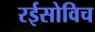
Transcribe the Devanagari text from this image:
रईसोविच